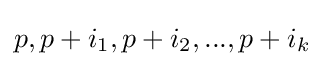
p,p+i_{1},p+i_{2},...,p+i_{k}